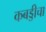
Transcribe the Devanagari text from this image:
कबड्डीचा